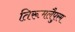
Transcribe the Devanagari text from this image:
तिरूमलैपुरम